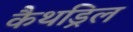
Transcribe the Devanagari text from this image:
कैथड्रिल